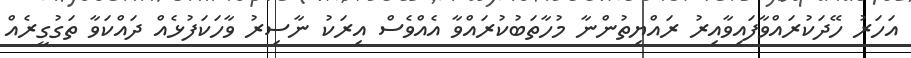
އަހަރު ހޭދަކުރައްވާފައިވާއިރު ރައްޔިތުންނާ މުހާތަބުކުރައްވާ އެއްވެސް އިރަކު ނާސިރު ވާހަކަފުޅެއް ދައްކަވާ ތަގުގީރެއް